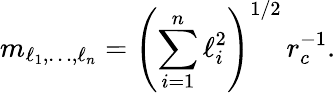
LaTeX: m_{\ell_{1},\dots,\ell_{n}}=\left(\sum_{i=1}^{n}\ell_{i}^{2}\right)^{1/2}\, r_{c}^{-1}.